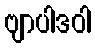
ဗျာပါဒဝါ